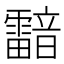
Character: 𩆢